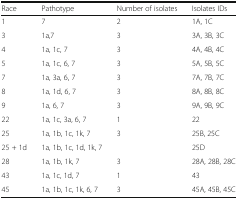
<table><thead><tr><td><b>Race</b></td><td><b>Pathotype</b></td><td><b>Number of isolates</b></td><td><b>Isolates IDs</b></td></tr></thead><tbody><tr><td>1</td><td>7</td><td>2</td><td>1A, 1C</td></tr><tr><td>3</td><td>1a,7</td><td>3</td><td>3A, 3B, 3C</td></tr><tr><td>4</td><td>1a, 1c, 7</td><td>3</td><td>4A, 4B, 4C</td></tr><tr><td>5</td><td>1a, 1c, 6, 7</td><td>3</td><td>5A, 5B, 5C</td></tr><tr><td>7</td><td>1a, 3a, 6, 7</td><td>3</td><td>7A, 7B, 7C</td></tr><tr><td>8</td><td>1a, 1d, 6, 7</td><td>3</td><td>8A, 8B, 8C</td></tr><tr><td>9</td><td>1a, 6, 7</td><td>3</td><td>9A, 9B, 9C</td></tr><tr><td>22</td><td>1a, 1c, 3a, 6, 7</td><td>1</td><td>22</td></tr><tr><td>25</td><td>1a, 1b, 1c, 1k, 7</td><td>3</td><td>25B, 25C</td></tr><tr><td>25 + 1d</td><td>1a, 1b, 1c, 1d, 1k, 7</td><td></td><td>25D</td></tr><tr><td>28</td><td>1a, 1b, 1k, 7</td><td>3</td><td>28A, 28B, 28C</td></tr><tr><td>43</td><td>1a, 1c, 1d, 7</td><td>1</td><td>43</td></tr><tr><td>45</td><td>1a, 1b, 1c, 1k, 6, 7</td><td>3</td><td>45A, 45B, 45C</td></tr></tbody></table>